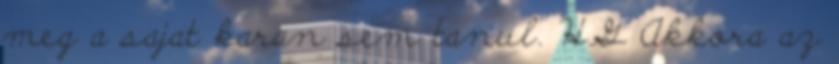
meg a sajat karan sem tanul. HG Akkora az